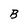
Character: B